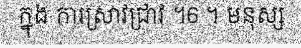
ក្នុង ការស្រាវជ្រាវ ។6 ។ មនុស្ស